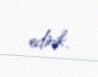
edirik.